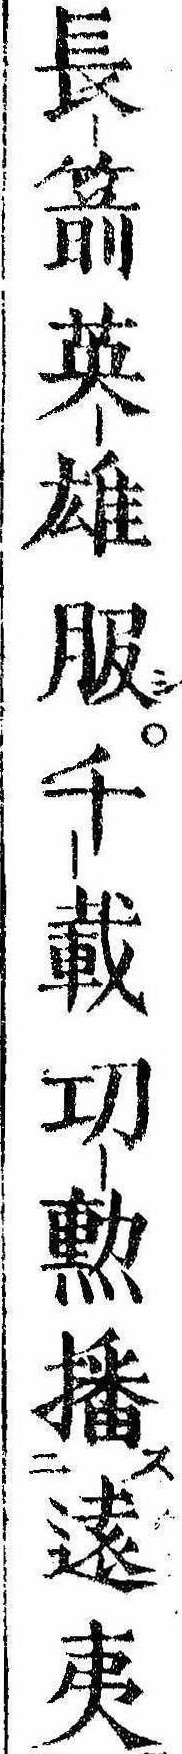
長箭英雄服千載㓛勲播遠夷